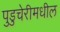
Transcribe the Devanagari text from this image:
पुडुचेरीमधील